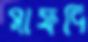
সাফদি